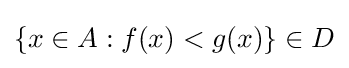
\{x\in A:f(x)<g(x)\}\in D